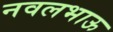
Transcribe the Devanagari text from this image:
नवलभाऊ